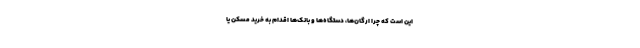
این است که چرا ارگان‌ها، دستگاه‌ها و بانک‌ها اقدام به خرید مسکن یا